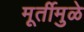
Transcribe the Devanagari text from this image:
मूर्तीमुळे